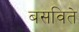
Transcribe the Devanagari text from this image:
बसविते